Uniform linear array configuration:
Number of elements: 16
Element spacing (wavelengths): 0.5
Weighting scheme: binomial
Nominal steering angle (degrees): -15
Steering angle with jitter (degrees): -16.905
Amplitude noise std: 0.05
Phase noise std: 0.05

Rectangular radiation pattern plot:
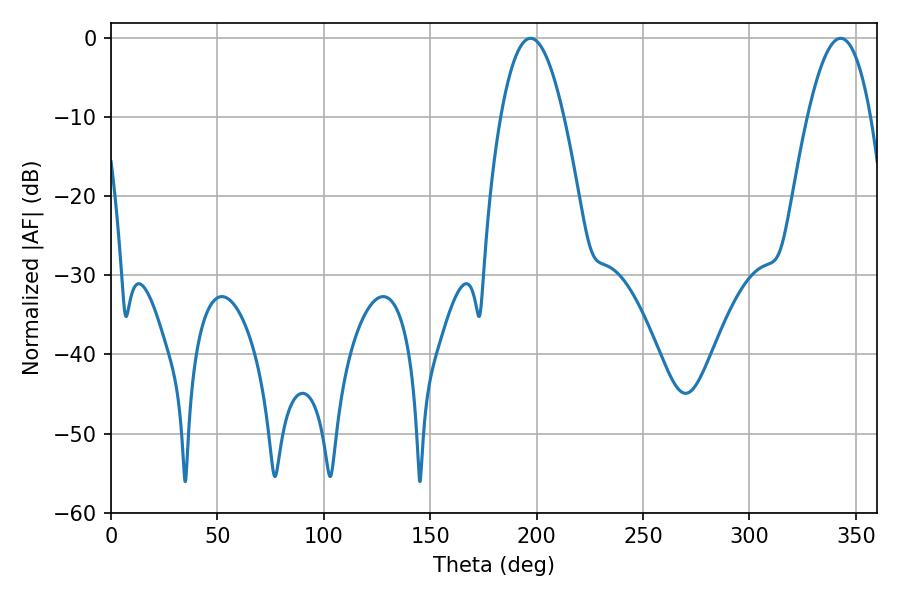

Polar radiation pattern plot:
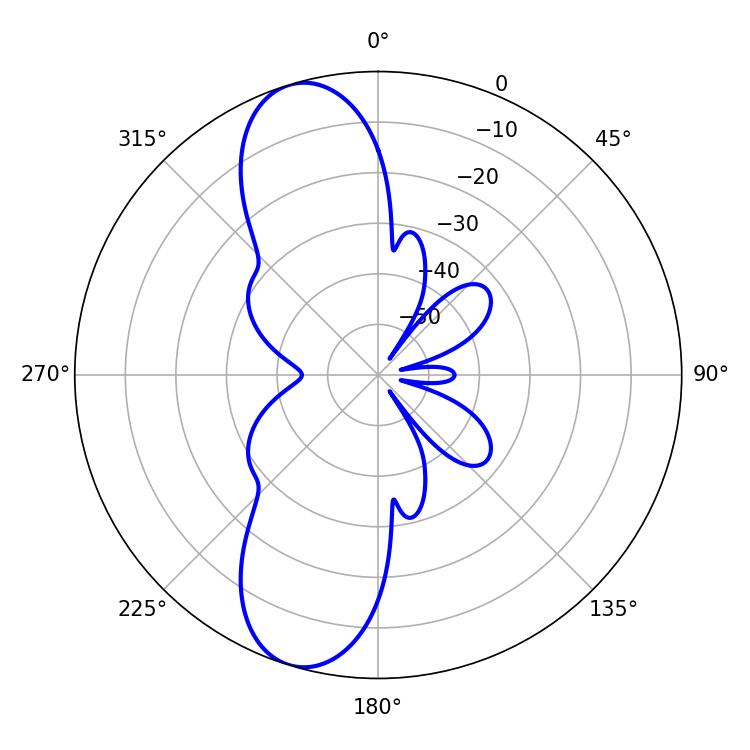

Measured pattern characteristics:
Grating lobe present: FALSE
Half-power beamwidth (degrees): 16.38
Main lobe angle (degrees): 197.1